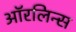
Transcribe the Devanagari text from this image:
ऑरलिन्स